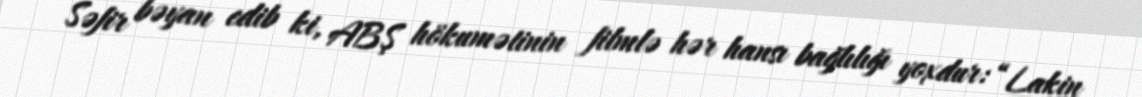
Səfir bəyan edib ki, ABŞ hökumətinin filmlə hər hansı bağlılığı yoxdur: “Lakin